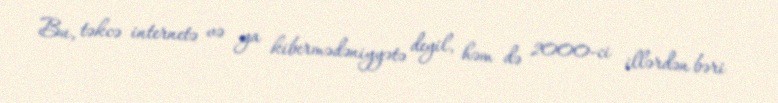
Bu, təkcə internetə və ya kibermədəniyyətə deyil, həm də 2000-ci illərdən bəri